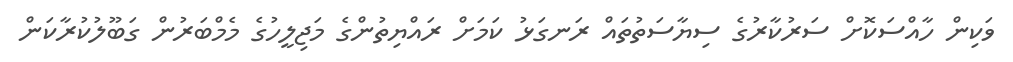
ވަކިން ހާއްސަކޮށް ސަރުކާރުގެ ސިޔާސަތުތައް ރަނގަޅު ކަމަށް ރައްޔިތުންގެ މަޖިލީހުގެ މެމްބަރުން ގަބޫލުކުރާކަން